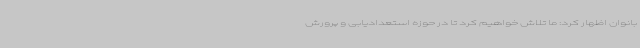
بانوان اظهار کرد: ما تلاش خواهیم کرد تا در حوزه استعدادیابی و پرورش